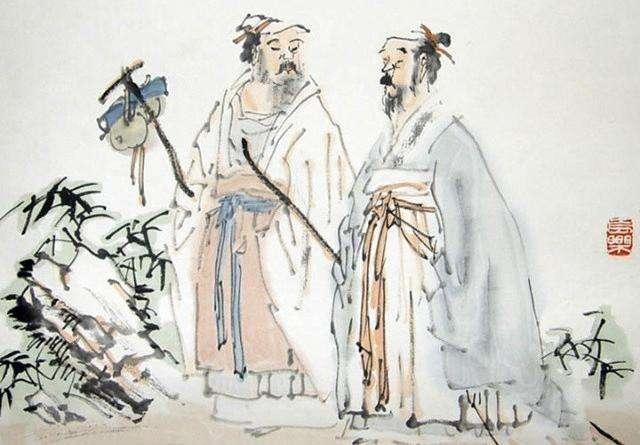
君子时诎则诎，时伸则伸也。